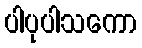
ပါပုပါသကော